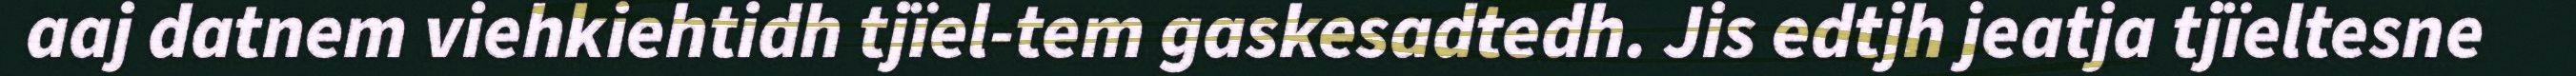
aaj datnem viehkiehtidh tjïel-tem gaskesadtedh. Jis edtjh jeatja tjïeltesne